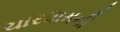
ચારધામની